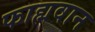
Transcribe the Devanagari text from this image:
फाह्मवान